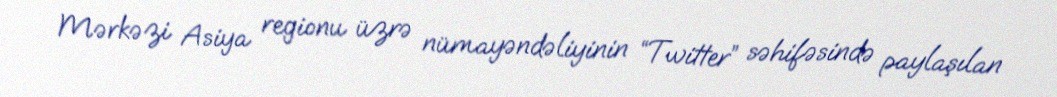
Mərkəzi Asiya regionu üzrə nümayəndəliyinin “Twitter” səhifəsində paylaşılan